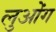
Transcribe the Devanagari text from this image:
लुओंग